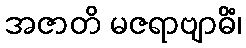
အဇာတိ မဇရာဗျာဓိံ၊